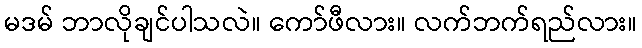
မဒမ် ဘာလိုချင်ပါသလဲ။ ကော်ဖီလား။ လက်ဘက်ရည်လား။